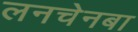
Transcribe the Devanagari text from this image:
लनचेनबा